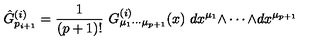
\hat { G } _ { p _ { i + 1 } } ^ { ( i ) } = { \frac { 1 } { ( p + 1 ) ! } } \ G _ { \mu _ { 1 } \cdots \mu _ { p + 1 } } ^ { ( i ) } ( x ) \ d x ^ { \mu _ { 1 } } { \wedge \cdots \wedge } d x ^ { \mu _ { p + 1 } }